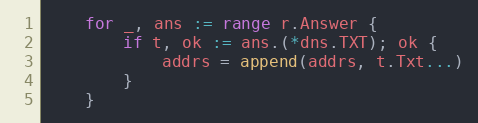
Language: Go
	for _, ans := range r.Answer {
		if t, ok := ans.(*dns.TXT); ok {
			addrs = append(addrs, t.Txt...)
		}
	}